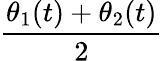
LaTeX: \frac{\theta_{1}(t)+\theta_{2}(t)}{2}